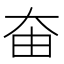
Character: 𡘊